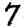
Digit: 7